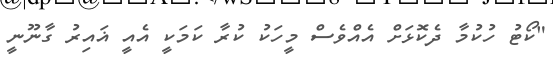
"ކޯޓު ހުކުމާ ދެކޮޅަށް އެއްވެސް މީހަކު ކުރާ ކަމަކީ އެއީ ޣައިރު ގާނޫނީ